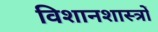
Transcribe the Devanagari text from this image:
विशानशास्त्रों